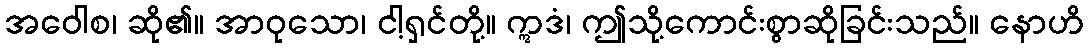
အဝေါစ၊ ဆို၏။ အာဝုသော၊ ငါ့ရှင်တို့။ ဣဒံ၊ ဤသို့ကောင်းစွာဆိုခြင်းသည်။ နောဟိ